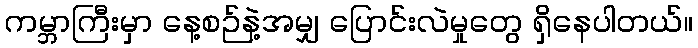
ကမ္ဘာကြီးမှာ နေ့စဉ်နဲ့အမျှ ပြောင်းလဲမှုတွေ ရှိနေပါတယ်။